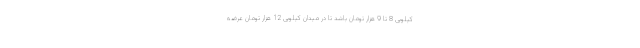
کیلویی 8 تا 9 هزار تومان باشد تا در میدان کیلویی 12 هزار تومان عرضه